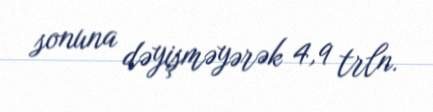
sonuna dəyişməyərək 4,9 trln.